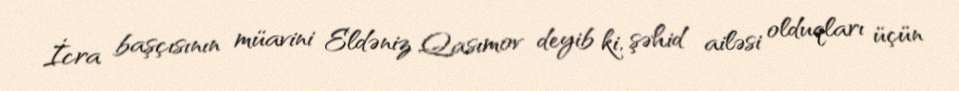
İcra başçısının müavini Eldəniz Qasımov deyib ki, şəhid ailəsi olduqları üçün